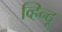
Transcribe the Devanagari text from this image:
व्हिन्दू